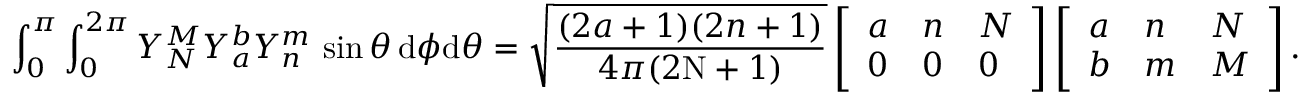
\int _ { 0 } ^ { \pi } \int _ { 0 } ^ { 2 \pi } Y _ { N } ^ { M } Y _ { a } ^ { b } Y _ { n } ^ { m } \, \sin \theta \, \mathrm { d } \phi \mathrm { d } \theta = \sqrt { \frac { ( 2 a + 1 ) ( 2 n + 1 ) } { 4 \pi ( 2 \mathrm { N } + 1 ) } } \left[ \begin{array} { l l l } { a } & { n } & { N } \\ { 0 } & { 0 } & { 0 } \end{array} \right] \left[ \begin{array} { l l l } { a } & { n } & { N } \\ { b } & { m } & { M } \end{array} \right] .